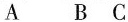
A B C